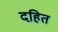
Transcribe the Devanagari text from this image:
दहित